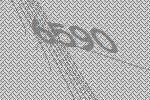
6590